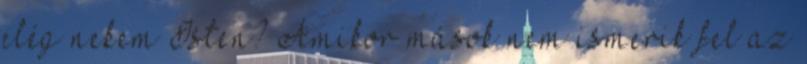
elég nekem Isten? Amikor mások nem ismerik fel az